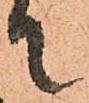
て